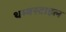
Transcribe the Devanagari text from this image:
थम्बस्टाइल